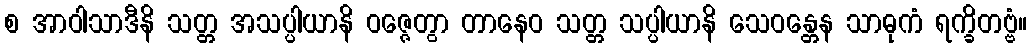
စ အာဝါသာဒီနိ သတ္တ အသပ္ပါယာနိ ဝဇ္ဇေတွာ တာနေဝ သတ္တ သပ္ပါယာနိ သေဝန္တေန သာဓုကံ ရက္ခိတဗ္ဗံ။